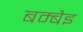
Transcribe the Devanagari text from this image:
बम्बैइ